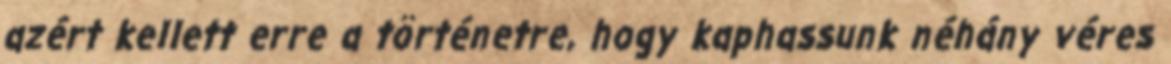
azért kellett erre a történetre, hogy kaphassunk néhány véres